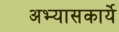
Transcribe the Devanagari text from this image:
अभ्यासकार्ये